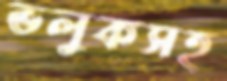
ভলুকসহ